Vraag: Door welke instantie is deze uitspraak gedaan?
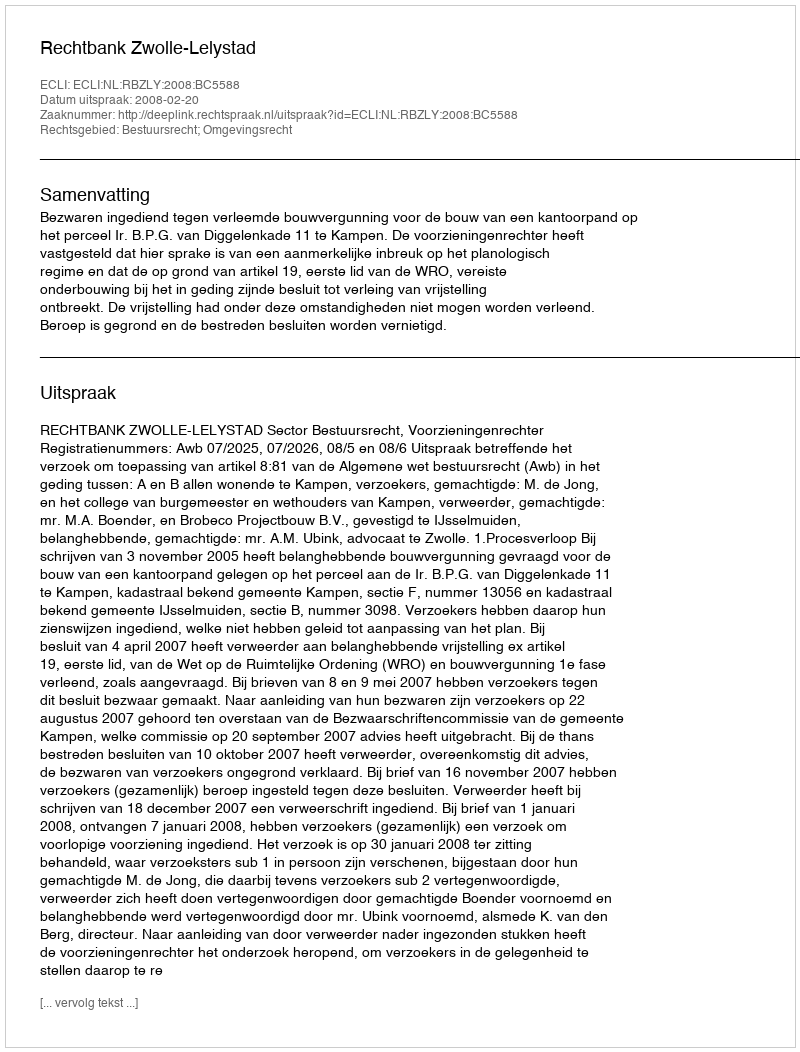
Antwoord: Rechtbank Zwolle-Lelystad